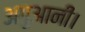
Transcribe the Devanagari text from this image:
अगुआनी।